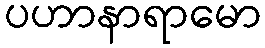
ပဟာနာရာမော